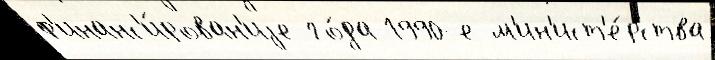
ф'инанс'и́рован'иjе го́да 1990-е м'ин'ист'е́рства